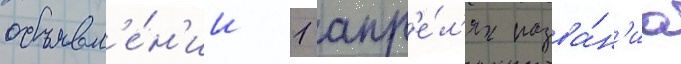
объявл'е́н'ии 1 апр'е́л'я назва́н'иа